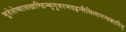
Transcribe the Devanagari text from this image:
भूतेशेष्वासखण्डिन्भृगुवरमदहृन्मैथिलानन्दकारिन्